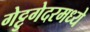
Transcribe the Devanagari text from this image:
गेट्टुगेदरमध्ये